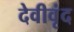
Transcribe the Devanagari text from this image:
देवीवृंद